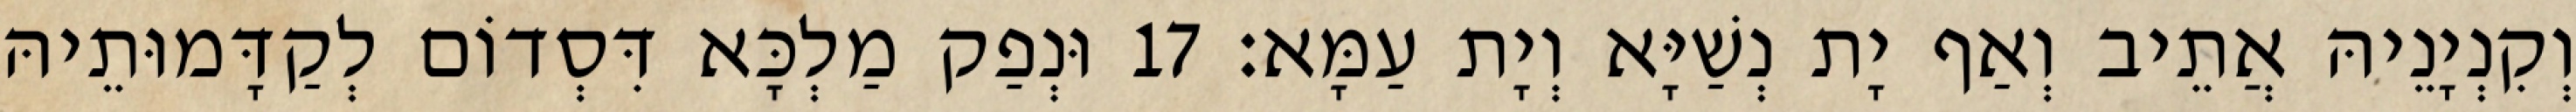
וְקִנְיָנֵיהּ אֲתֵיב וְאַף יָת נְשַׁיָּא וְיָת עַמָּא׃ 17 וּנְפַק מַלְכָּא דִּסְדוֹם לְקַדָּמוּתֵיהּ